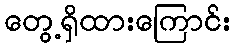
တွေ့ရှိထားကြောင်း